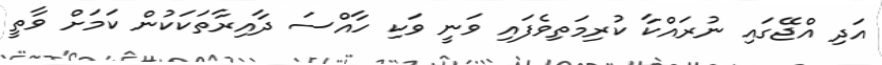
އަދި އްޖޭގައި ނުރައްކާ ކުރިމަތިވެފައި ވަނީ ވަކި ހާއްސަ ދާއިރާތަކަކުން ކަމަށް ވާތީ